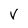
Character: v